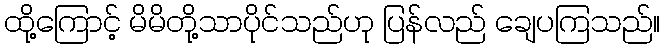
ထို့ကြောင့် မိမိတို့သာပိုင်သည်ဟု ပြန်လည် ချေပကြသည်။